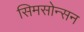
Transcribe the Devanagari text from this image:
सिमसोन्सन